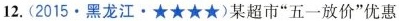
12.(2015.黑龙江·★★★★)某超市”五一放价”优惠